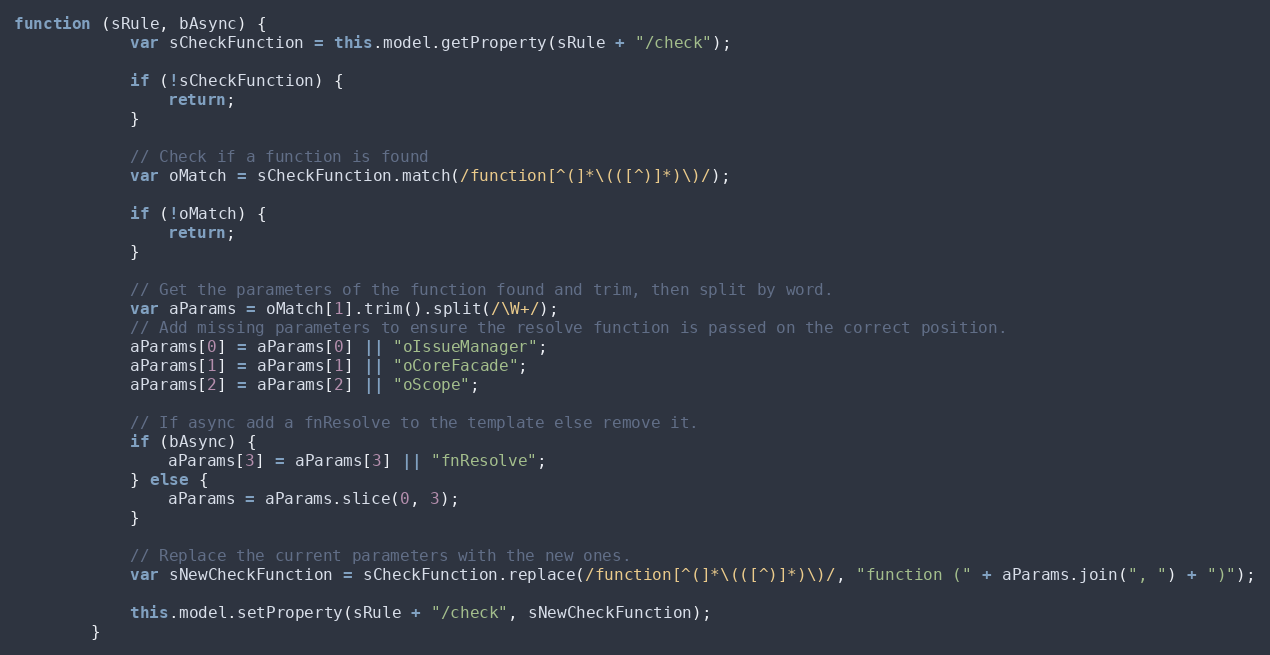
Language: JavaScript
function (sRule, bAsync) {
			var sCheckFunction = this.model.getProperty(sRule + "/check");

			if (!sCheckFunction) {
				return;
			}

			// Check if a function is found
			var oMatch = sCheckFunction.match(/function[^(]*\(([^)]*)\)/);

			if (!oMatch) {
				return;
			}

			// Get the parameters of the function found and trim, then split by word.
			var aParams = oMatch[1].trim().split(/\W+/);
			// Add missing parameters to ensure the resolve function is passed on the correct position.
			aParams[0] = aParams[0] || "oIssueManager";
			aParams[1] = aParams[1] || "oCoreFacade";
			aParams[2] = aParams[2] || "oScope";

			// If async add a fnResolve to the template else remove it.
			if (bAsync) {
				aParams[3] = aParams[3] || "fnResolve";
			} else {
				aParams = aParams.slice(0, 3);
			}

			// Replace the current parameters with the new ones.
			var sNewCheckFunction = sCheckFunction.replace(/function[^(]*\(([^)]*)\)/, "function (" + aParams.join(", ") + ")");

			this.model.setProperty(sRule + "/check", sNewCheckFunction);
		}